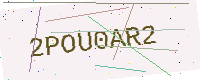
Text: 2POU0AR2